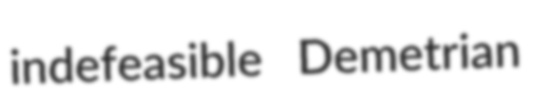
indefeasible Demetrian